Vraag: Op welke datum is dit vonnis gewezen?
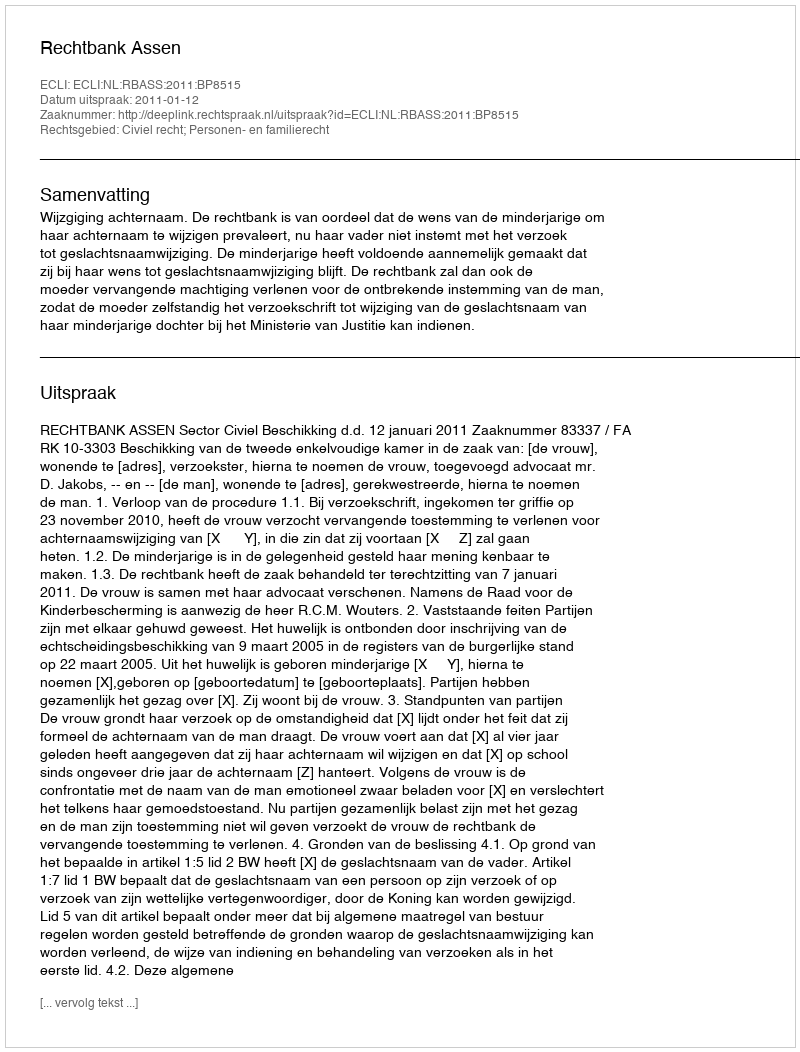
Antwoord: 2011-01-12